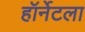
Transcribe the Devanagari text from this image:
हॉर्नेटला